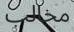
مخالب